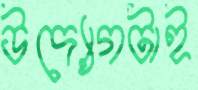
উদ্যোগটাই